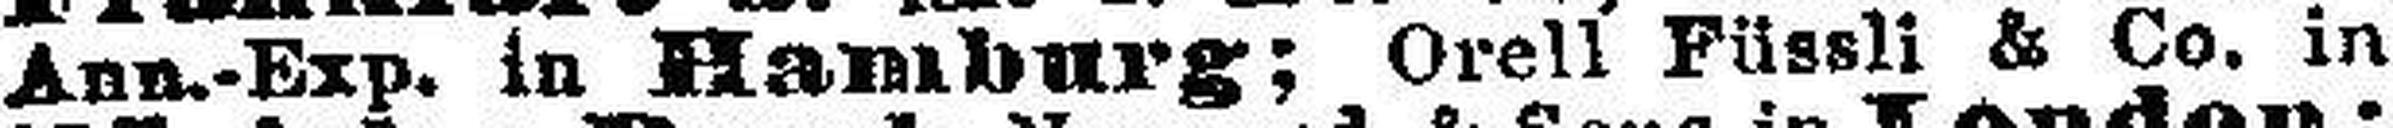
Ann.-Exp. in Hamburg; Orell Füssli & Co. in